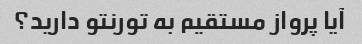
آیا پرواز مستقیم به تورنتو دارید؟